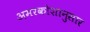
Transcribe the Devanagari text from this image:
अमरकोशानुसार